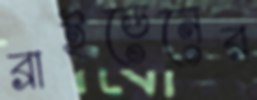
ব্রাইডেনের